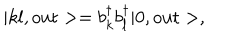
LaTeX: | k l , \mathrm { o u t } > = b _ { k } ^ { \dagger } b _ { l } ^ { \dagger } | 0 , \mathrm { o u t } > ,